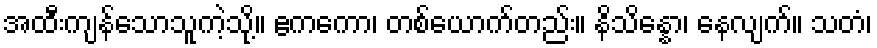
အထီးကျန်သောသူကဲ့သို့။ ဧကကော၊ တစ်ယောက်တည်း။ နိသိန္နော၊ နေလျက်။ သတံ၊